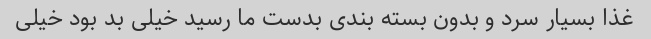
غذا بسیار سرد و بدون بسته بندی بدست ما رسید خیلی بد بود خیلی